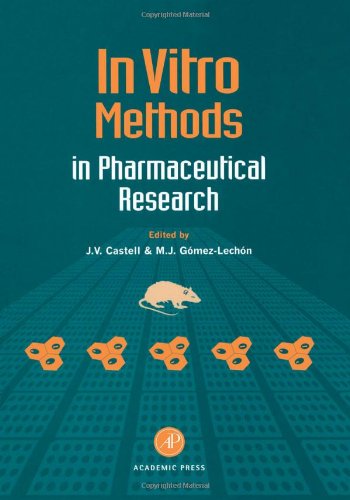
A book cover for In Vitro Methods in Pharmaceutical Research; Medical Books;